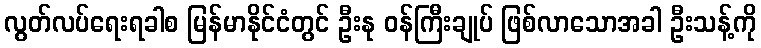
လွတ်လပ်ရေးရခါစ မြန်မာနိုင်ငံတွင် ဦးနု ဝန်ကြီးချုပ် ဖြစ်လာသောအခါ ဦးသန့်ကို